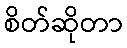
စိတ်ဆိုတာ